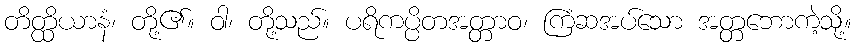
တိတ္ထိယာနံ၊ တို့၏။ ဝါ၊ တို့သည်။ ပရိကပ္ပိတအတ္တာဝ၊ ကြံဆအပ်သော အတ္တဘောကဲ့သို့။